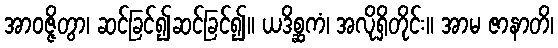
အာဝဇ္ဇိတွာ၊ ဆင်ခြင်၍ဆင်ခြင်၍။ ယဒိစ္ဆကံ၊ အလိုရှိတိုင်း။ အာမ ဇာနာတိ၊